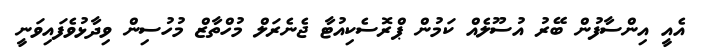
އެއީ އިންސާފުން ބޭރު އުސޫލެއް ކަމުން ޕްރޮސެކިއުޓާ ޖެނެރަލް މުހްތާޒް މުހުސިން ވިދާޅުވެފައިވަނީ